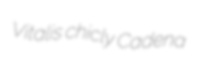
Vitalis chicly Cadena